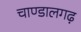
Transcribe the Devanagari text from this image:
चाण्डालगढ़